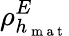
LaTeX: \rho_{h_{\mathrm{~m~a~t~}}}^{E}